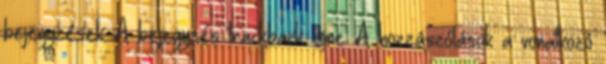
bejegyzések: A bejegyzés trackback címe: A hozzászólások a vonatkozó